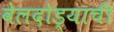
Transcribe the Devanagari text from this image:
वेलदोड्याची